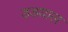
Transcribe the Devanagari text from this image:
डडयाल